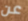
عن